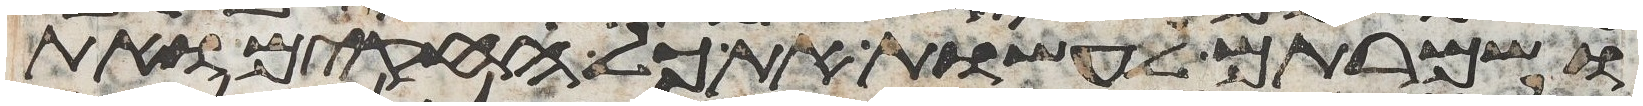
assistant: ושמרתם לעשות את כל החקים ואת